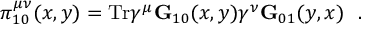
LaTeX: \pi _ { 1 0 } ^ { \mu \nu } ( x , y ) = \mathrm { T r } \gamma ^ { \mu } { \bf G } _ { 1 0 } ( x , y ) \gamma ^ { \nu } { \bf G } _ { 0 1 } ( y , x ) ~ ~ .